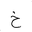
Letter: _kha